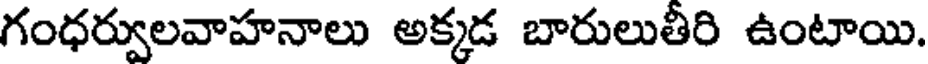
గంధర్వులవాహనాలు అక్కడ బారులుతీరి ఉంటాయి.